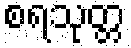
စရသုတ္တ